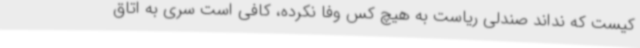
کیست که نداند صندلی ریاست به هیچ کس وفا نکرده، کافی است سری به اتاق